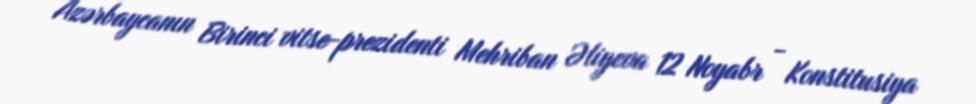
Azərbaycanın Birinci vitse-prezidenti Mehriban Əliyeva 12 Noyabr - Konstitusiya